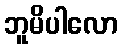
ဘူမိပါလော